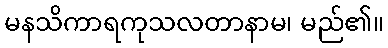
မနသိကာရကုသလတာနာမ၊ မည်၏။